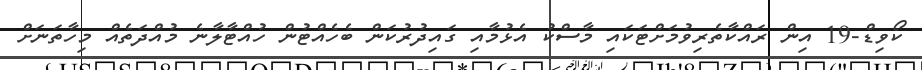
ކޯވިޑް-19 އިން ރައްކާތެރިވުމަށްޓަކައި މާސްކު އެޅުމާއި ގައިދުރުކަން ބެހެއްޓުން ހުއްޓާލާނެ މުއްދަތެއް މިހާތަނަށް